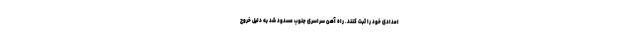
امدادی خود را ثبت کنند. راه آهن سراسری جنوب مسدود شد به دلیل خروج